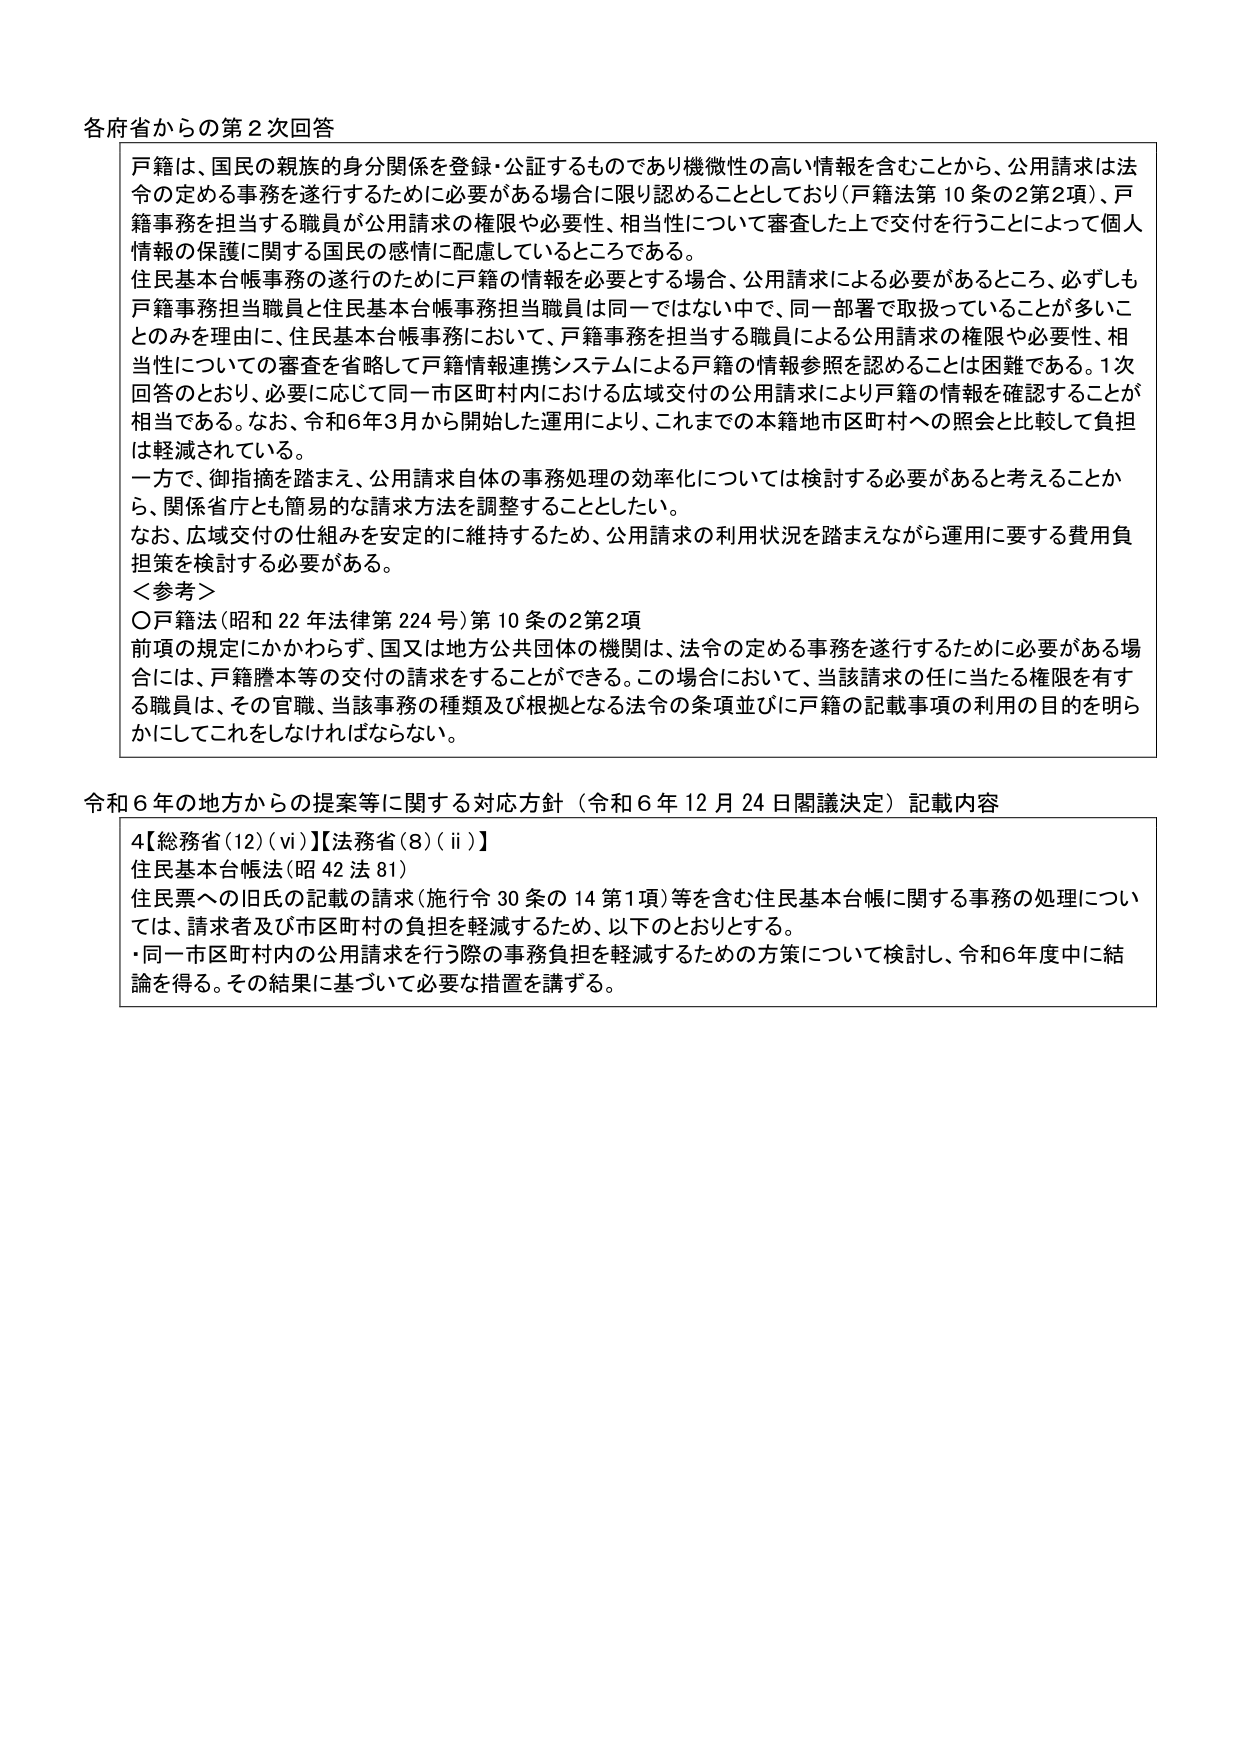
各府省からの第2次回答

戸籍は、国民の親族的身分関係を登録・公証するものであり機微性の高い情報を含むことから、公用請求は法令の定める事務を遂行するために必要がある場合に限り認めることとしており（戸籍法第10条の2第2項）、戸籍事務を担当する職員が公用請求の権限や必要性、相当性について審査した上で交付を行うことによって個人情報の保護に関する国民の感情に配慮しているところである。

住民基本台帳事務の遂行のために戸籍の情報を必要とする場合、公用請求による必要があるところ、必ずしも戸籍事務担当職員と住民基本台帳事務担当職員は同一ではない中で、同一部署で取扱っていることが多いことのみを理由に、住民基本台帳事務において、戸籍事務を担当する職員による公用請求の権限や必要性、相当性についての審査を省略して戸籍情報連携システムによる戸籍の情報参照を認めることは困難である。1次回答のとおり、必要に応じて同一市区町村内における広域交付の公用請求により戸籍の情報を確認することが相当である。なお、令和6年3月から開始した運用により、これまでの本籍地市区町村への照会と比較して負担は軽減されている。

一方で、御指摘を踏まえ、公用請求自体の事務処理の効率化については検討する必要があると考えることから、関係省庁とも簡易的な請求方法を調整することとした。

なお、広域交付の仕組みを安定的に維持するため、公用請求の利用状況を踏まえながら運用に要する費用負担策を検討する必要がある。

＜参考＞
〇戸籍法（昭和22年法律第224号）第10条の2第2項
前項の規定にかかわらず、国又は地方公共団体の機関は、法令の定める事務を遂行するために必要がある場合には、戸籍謄本等の交付の請求をすることができる。この場合において、当該請求の任に当たる権限を有する職員は、その官職、当該事務の種類及び根拠となる法令の条項並びに戸籍の記載事項の利用の目的を明らかにしてこれをしなければならない。

令和6年の地方からの提案等に関する対応方針（令和6年12月24日閣議決定）記載内容

4【総務省(12)(vi)】【法務省(8)(ii)】
住民基本台帳法（昭42法81）
住民票への旧氏の記載の請求（施行令30条の14第1項）等を含む住民基本台帳に関する事務の処理については、請求者及び市区町村の負担を軽減するため、以下のとおりとする。
・同一市区町村内の公用請求を行う際の事務負担を軽減するための方策について検討し、令和6年度中に結論を得る。その結果に基づいて必要な措置を講ずる。